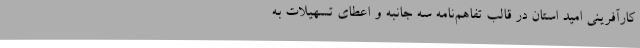
کارآفرینی امید استان در قالب تفاهم‌نامه سه جانبه و اعطای تسهیلات به